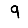
Digit: 9